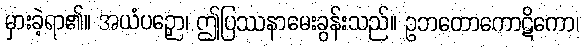
မှားခဲ့ရာ၏။ အယံပဉှော၊ ဤပြဿနာမေးခွန်းသည်။ ဥဘတောကောဋိကော၊